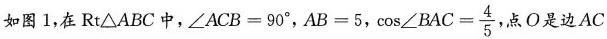
如图1，在Rt△ABC中，$$∠ A C B = 9 0 °$$，$$A B = 5$$， $$\cos ∠ B A C = \frac { 4 } { 5 }$$ ，点O是边AC